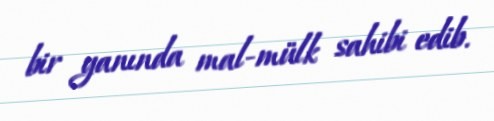
bir yanında mal-mülk sahibi edib.